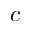
c